Vaccination in Bombay 1863-1868 - 1863-1868
Year: 1863
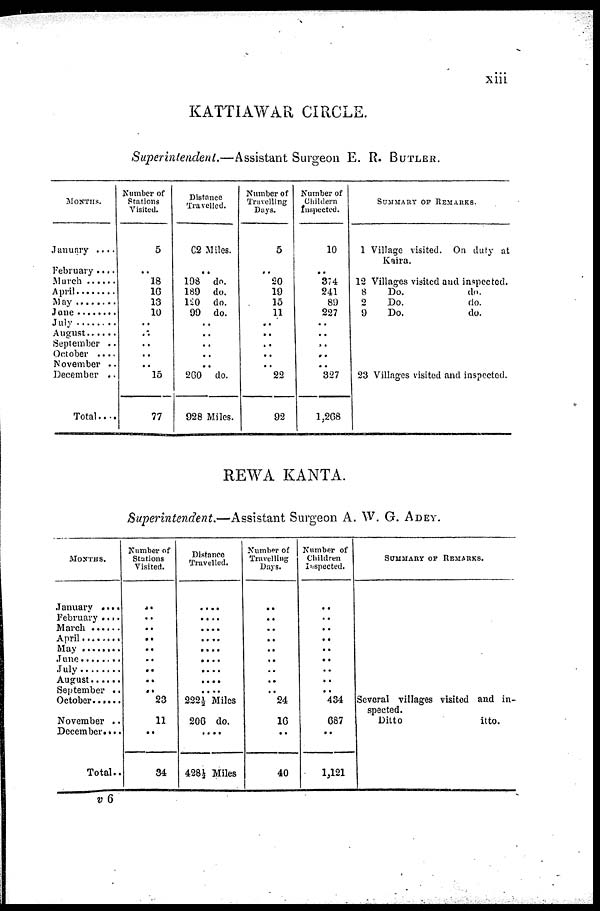
xiii
KATTIAWAR CIRCLE.
Superintendent.—Assistant Surgeon E. R. BUTLER.
MONTHS.
January .....
February ....
March .....
April ......
May .....
June ........
July
August .......
September ..
October ...
November ..
December ..
Total....
Number of
Stations
Visited.
5
..
18
16
13
10
..
..
..
..
..
15
77
Distance
Travelled.
62 Miles.
..
198 do.
189 do.
120
do.
99 do.
..
..
..
..
..
260 do.
928 Miles.
Number of
Travelling
Days.
5
..
20
19
15
11
..
..
..
..
..
22
92
Number of
Childern
Inspected.
10
..
374
241
89
227
..
..
..
..
..
327
1,268
SUMMARY OF REMARKS.
1 Village visited. On duty at
Kaira.
12 Villages visited and inspected.
8
Do.
do.
2
Do.
do.
9
Do.
do.
23 Villages visited and inspected.
REWA KANTA.
Superintendent.—Assistant Surgeon A. W. G. ADEY.
MONTHS.
January ....
February ....
March .......
April .......
May .......
June ......
July
August .....
September ..
October ......
November ..
December. ...
Total..
Number of
Stations
Visited.
..
..
..
..
..
..
..
..
..
23
11
..
34
Distance
Travelled.
....
....
....
....
....
....
....
....
....
222½ Miles
206 do.
....
428 ½ Miles
Number of
Travelling
Days.
..
..
..
..
..
..
..
..
..
24
16
..
40
Number of
Children
Inspected.
..
..
..
..
..
..
..
..
..
434
687
..
1,121
SUMMARY OF REMARKS.
Several villages visited and in-
spected.
Ditto
itto.
v 6